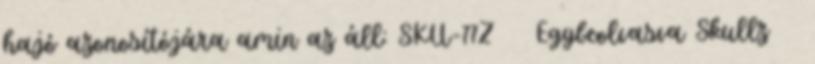
hajó azonosítójára amin az áll: SKU-77Z Egybeolvasva Skullz